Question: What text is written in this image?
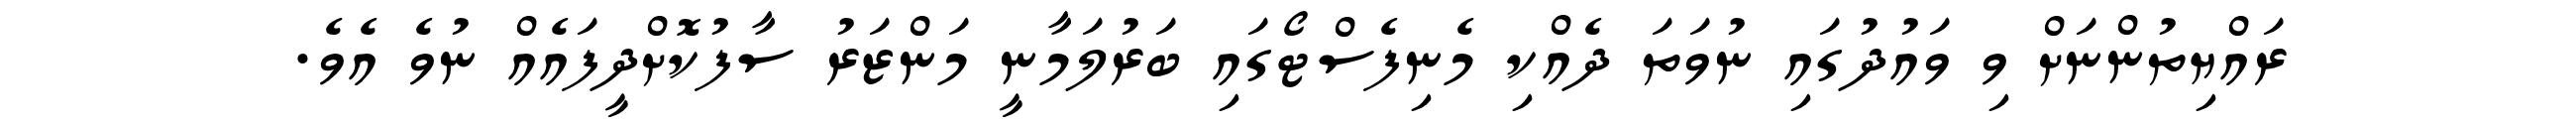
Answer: ރައްޔިތުންނަށް ވި ވައުދުގައި ނުވަތަ ދެއްކި މެނިފެސްޓޯގައި ބަރުލަމާނީ މަންޒަރު ސާފުކޮށްދީފައެއް ނުވެ އެވެ.